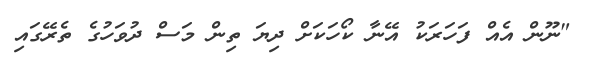
"ނޫން އެއް ފަހަރަކު އޭނާ ކޯހަކަށް ދިޔަ ތިން މަސް ދުވަހުގެ ތެރޭގައި